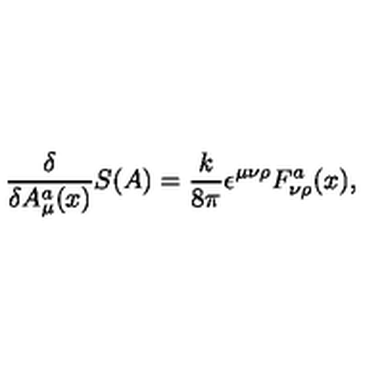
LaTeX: { \frac { \delta } { \delta A _ { \mu } ^ { a } ( x ) } } S ( A ) = { \frac { k } { 8 \pi } } \epsilon ^ { \mu \nu \rho } F _ { \nu \rho } ^ { a } ( x ) ,